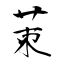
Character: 茦